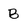
Character: B